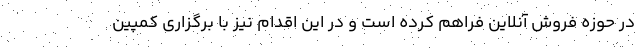
در حوزه فروش آنلاین فراهم کرده است و در این اقدام نیز با برگزاری کمپین